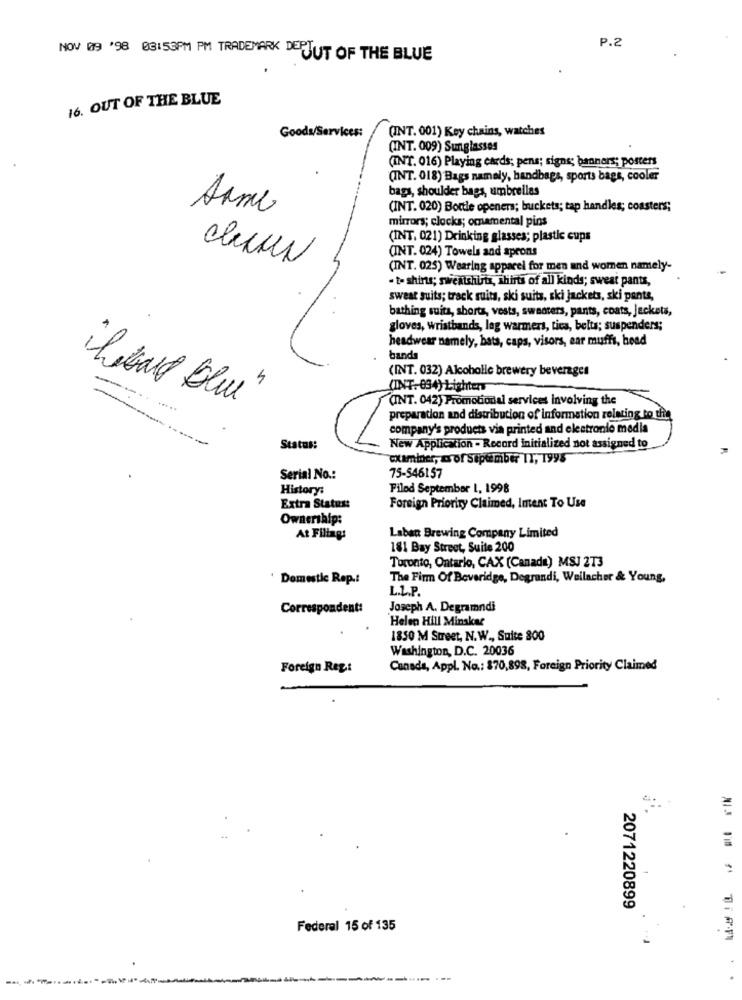
P.2
NOV 09 '98 03:53PM PM TRADEMARK DERJUT OF THE BLUE
16. OUT OF THE BLUE
Goods/Services:
(INT. 001) Key chains, watches
(INT. 009) Sunglasses
(INT. 016) Playing cards; pens; signs; banners; posters
(INT. 018) Bags namely, handbags, sports bags, cooler
bags, shoulder bags, umbrellas
Arme
(INT. 020) Bottle openers; buckets; tap handles; coasters;
mirrors; clocks; omamental pins
(INT. 021) Drinking glasses; plastic cups
(INT. 024) Towels and aprons
(INT. 025) Wearing apparel for men and women namely-
· t- shirts; sweatshirts, shirts of all kinds; sweat pants,
sweat suits; track suits, ski suits, ski jackets, ski pants,
bathing suits, shorts, vests, sweaters, pants, coats, Jackets,
gloves, wristbands, leg warmers, tica, belts; suspenders;
headwear namely, hats, caps, visors, ear muffs, bead
bands
(INT. 032) Alcoholle brewery beverages
(INT. 034) Lighters
(INT. 042) Promotional services Involving the
"hibard blue"
preparation and distribution of information relating to the
company's products via printed and electronlo media
Status:
New Application - Record initialized not assigned to
examiner, as of September IT, 1998
Serial No .:
75-546157
History:
Filed September 1, 1998
Extra Status:
Foreign Priority Claimed, Intent To Use
Ownership:
Laban Brewing Company Limited
At Filing:
181 Bay Street, Suite 200
Toronto, Ontario, CAX (Canada) MSJ 2T3
Domestic Rep .:
The Firm Of Beveridge, Degrandi, Weilacher & Young,
L.L.P.
Correspondent:
Joseph A. Degramndi
Helen Hill Minskar
.
1850 M Street, N.W ., Suite 800
Washington, D.C. 20036
Foreign Reg:
Canada, Appl. No .: $70,898, Foreign Priority Claimed
2071220899
Federal 15 of 135